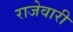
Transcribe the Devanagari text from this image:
राजेवारी